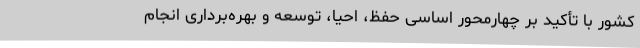
کشور با تأکید بر چهارمحور اساسی حفظ، احیا، توسعه و بهره‌برداری انجام